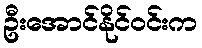
ဦးအောင်နိုင်ဝင်းက